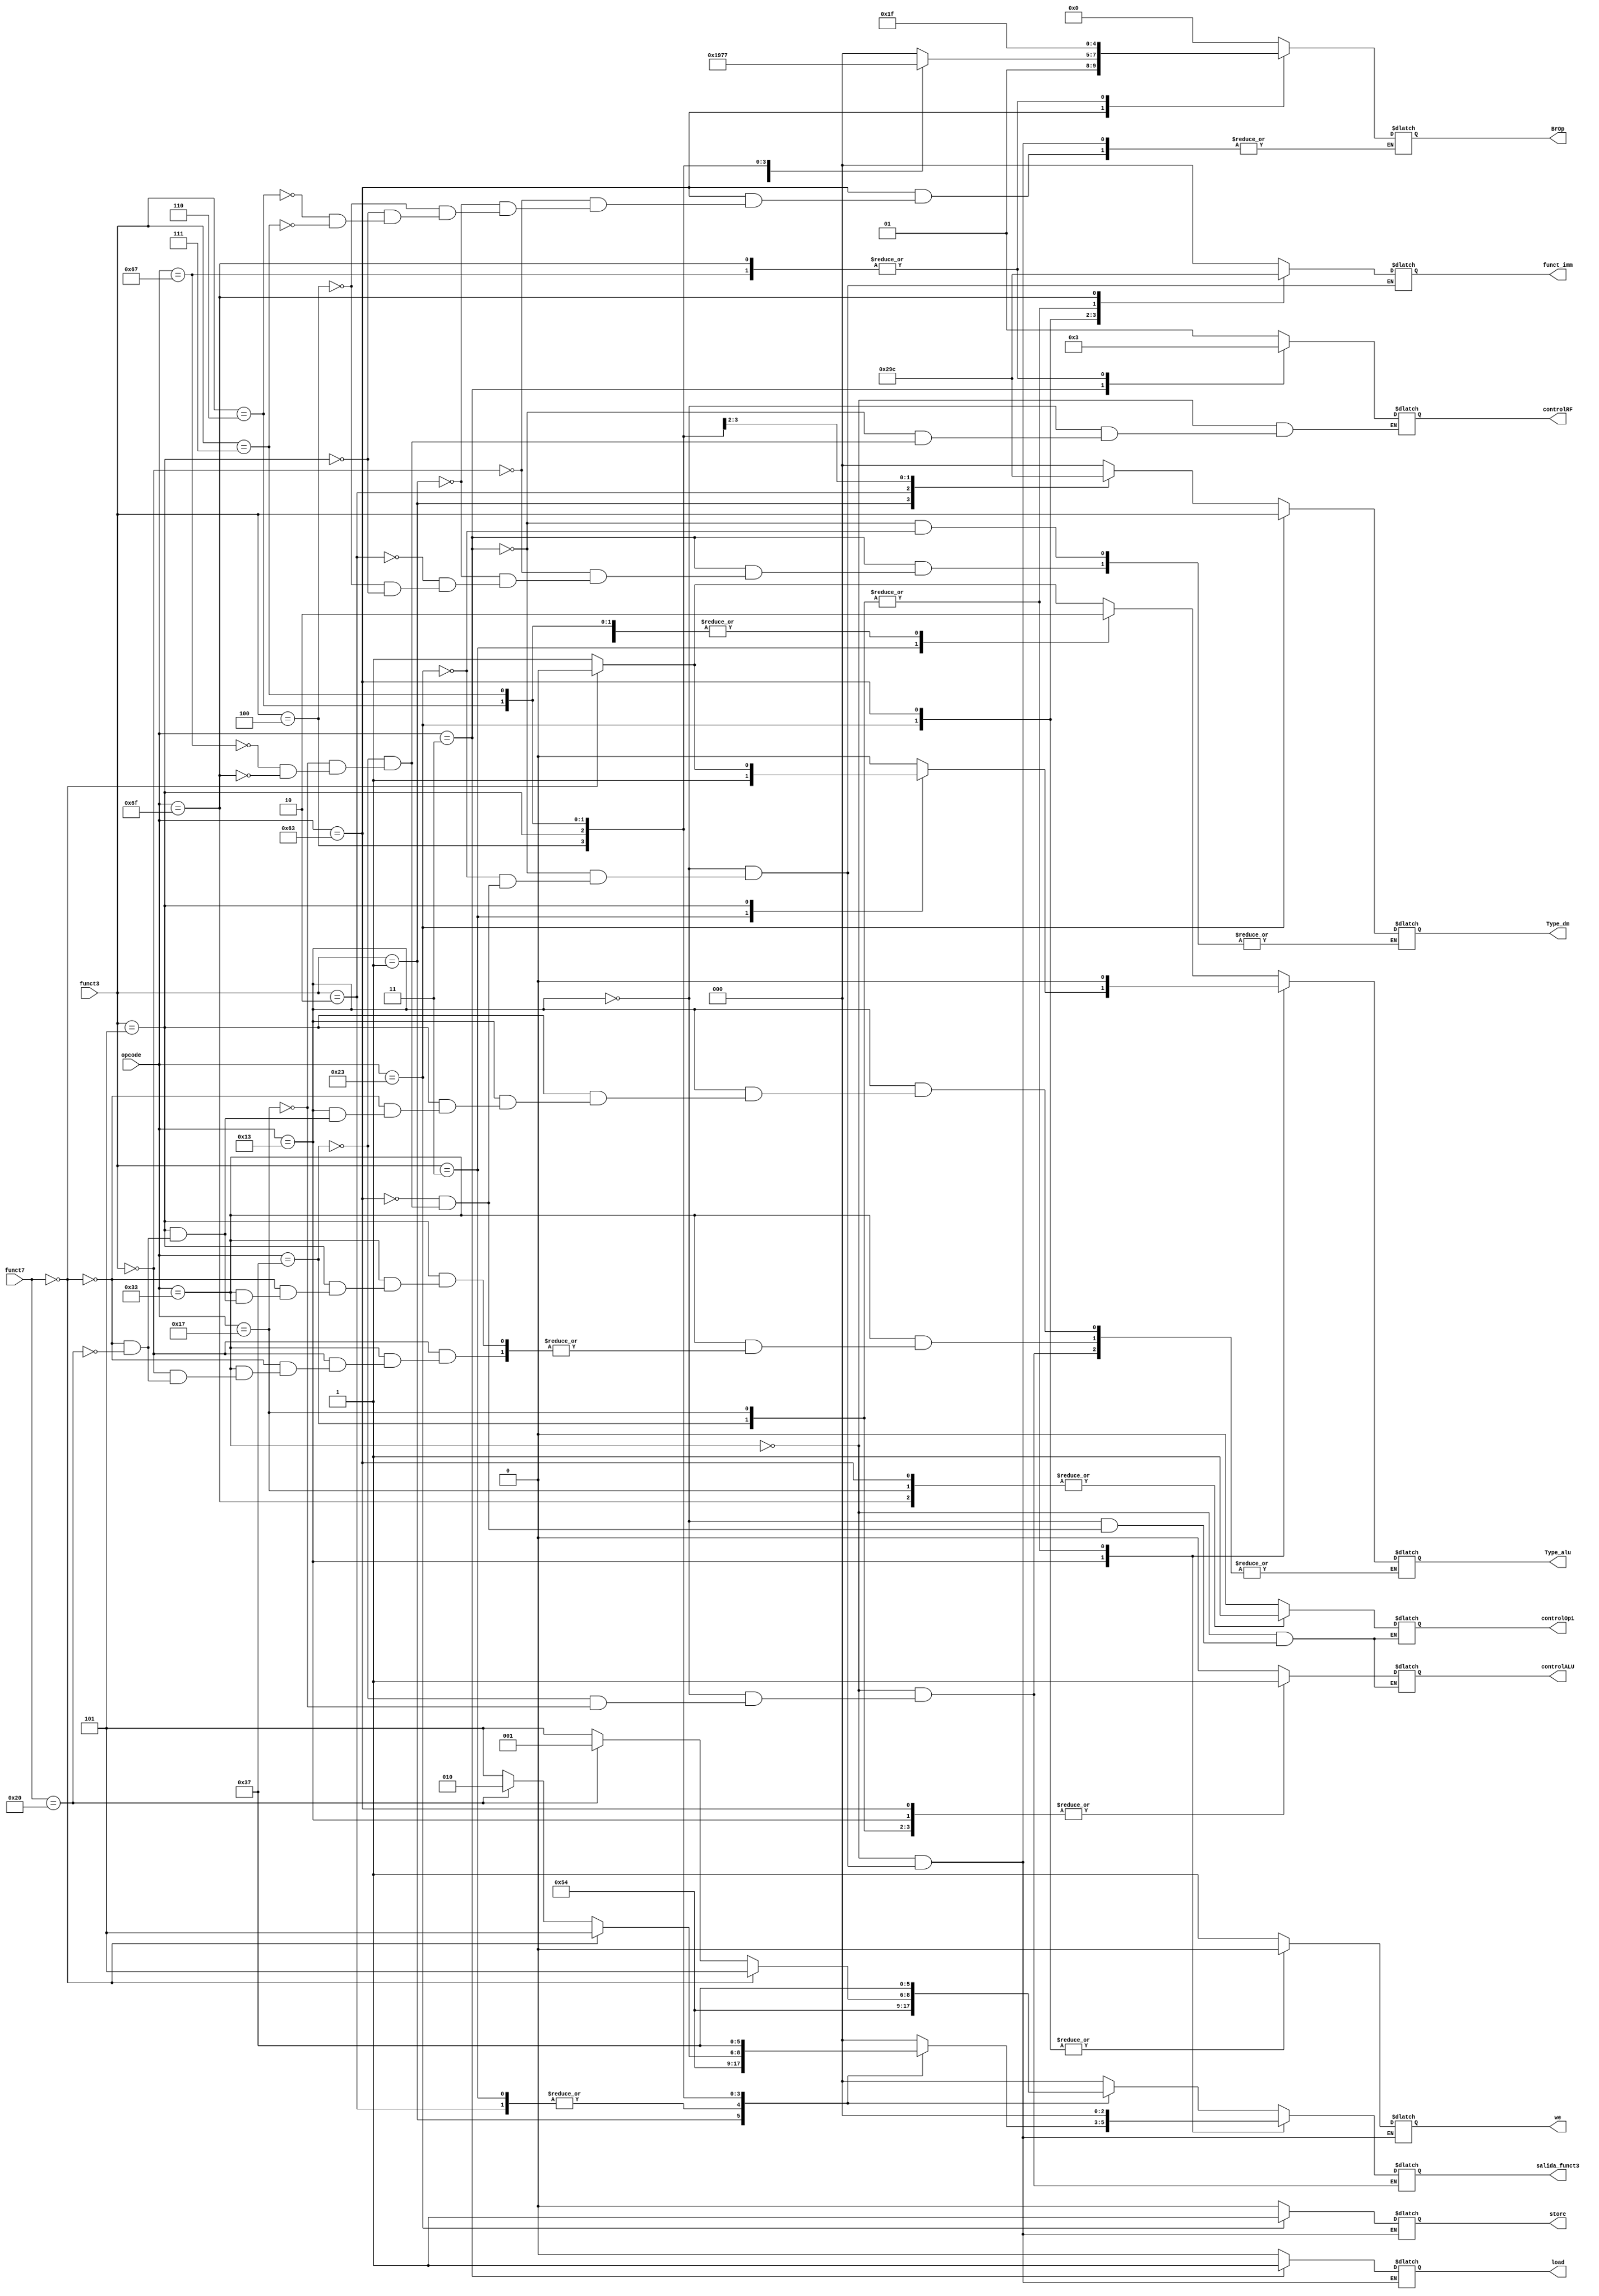
module CU(
    input wire [6:0] opcode,
    input wire [2:0] funct3,
    input wire [6:0] funct7,
    output reg load,
    output reg Type_alu,
    output reg [2:0]Type_dm,
    output reg [2:0]salida_funct3,
    output reg store,
    output reg controlALU,
    output reg controlOp1,
    output reg [1:0]controlRF,
    output reg we,
    output reg [2:0] funct_imm,
    output reg [4:0] BrOp
);

always @(*) begin
    case (opcode)
        //Tipo R
        7'b0110011: begin
            store = 1'b0;
            load = 1'b0;
            BrOp = 5'b00000;
            controlALU = 1'b0;
            controlOp1 = 1'b0;
            we = 1'b1;
            controlRF = 2'b01;
            case (funct3)
                3'b000: begin
                            salida_funct3 = 3'b000;
                            if(funct7 == 7'b0000000) begin 
                                Type_alu = 1'b0; //add 
                            end else if(funct7 == 7'b0100000) begin
                                Type_alu = 1'b1; //sub
                            end
                        end

                3'b001: begin
                            salida_funct3 = 3'b001;
                            Type_alu = 1'b0; //sll
                        end

                3'b010: begin
                            salida_funct3 = 3'b010;
                            Type_alu = 1'b0; //slt
                        end
                3'b011: begin
                            salida_funct3 = 3'b010;
                            Type_alu = 1'b1; //sltu
                        end
                3'b100: begin
                            salida_funct3 = 3'b100;
                            Type_alu = 1'b0; //xor
                        end
                3'b101: begin
                            salida_funct3 = 3'b101;
                            if(funct7 == 7'b0000000) begin 
                                Type_alu = 1'b0; //srl
                            end else if(funct7 == 7'b0100000) begin
                                salida_funct3 = 3'b001;
                                Type_alu = 1'b1; //sra
                            end
                        end
                3'b110: begin
                            salida_funct3 = 3'b110;
                            Type_alu = 1'b0; //or
                        end
                3'b111: begin
                            salida_funct3 = 3'b111;
                            Type_alu = 1'b0; //and
                        end
            endcase
        end
        //Tipo I
        7'b0010011: begin
            store = 1'b0;
            load = 1'b0;
            BrOp = 5'b00000;
            controlALU = 1'b1;
            controlOp1 = 1'b0;
            we = 1'b1;
            controlRF = 2'b01;
            funct_imm = 3'b000;
            case (funct3)
                3'b000: begin
                            salida_funct3 = 3'b000;
                            Type_alu = 1'b0; //addi
                        end
                3'b001: begin
                            salida_funct3 = 3'b001;
                            Type_alu = 1'b0; //slli
                        end
                3'b010: begin
                            salida_funct3 = 3'b010;
                            Type_alu = 1'b0; //slti
                        end
                3'b011: begin
                            salida_funct3 = 3'b010;
                            Type_alu = 1'b1; //sltiu
                        end
                3'b100: begin
                            salida_funct3 = 3'b100;
                            Type_alu = 1'b0; //xori
                        end
                3'b101: begin
                            salida_funct3 = 3'b101;
                            if(funct7 == 7'b0000000) begin 
                                Type_alu = 1'b0; //srli
                            end else if(funct7 == 7'b0100000) begin
                                salida_funct3 = 3'b010;
                                Type_alu = 1'b1; //srai
                            end
                        end
                3'b110: begin
                            salida_funct3 = 3'b110;
                            Type_alu = 1'b0; //ori
                        end
                3'b111: begin
                            salida_funct3 = 3'b111;
                            Type_alu = 1'b0; //andi
                        end
            endcase
        end
        //Tipo I de cargue/guardado
        7'b0000011: begin
            BrOp = 5'b00000;
            store = 1'b0;
            load = 1'b1;
            we = 1'b1;
            controlRF = 2'b00;
            funct_imm = 3'b000;
            case (funct3)
                3'b000: begin
                            Type_dm = 3'b000;
                             //lb
                        end
                3'b001: begin
                            Type_dm = 3'b001;
                             //lh
                        end
                3'b010: begin
                            Type_dm = 3'b010;
                             //lw
                        end
                3'b100: begin
                            Type_dm = 3'b011;
                             //lbu
                        end
                3'b101: begin
                            Type_dm = 3'b100;
                             //lhu
                        end
            endcase
        end
        //Tipo S
        7'b0100011: begin
            BrOp = 5'b00000;
            store = 1'b1;
            load = 1'b0;
            we = 1'b0;
            funct_imm = 3'b001;
            Type_dm = funct3;
        end
        //Tipo B
        7'b1100011: begin
            store = 1'b0;
            load = 1'b0;
            we = 1'b0;
            controlALU  = 1'b1;
            controlOp1 = 1'b1;
            funct_imm = 3'b010;
            case (funct3)
                3'b000: begin
                            BrOp = 5'b01000; //beq
                        end
                3'b001: begin
                            BrOp = 5'b01001; //bne
                        end
                3'b100: begin
                            BrOp = 5'b01100; //blt
                        end
                3'b101: begin
                            BrOp = 5'b01101; //bge
                        end
                3'b110: begin
                            BrOp = 5'b01110; //bltu
                        end
                3'b111: begin
                            BrOp = 5'b01111; //bgeu
                        end 
            endcase
        end
        //Tipo U - lui
        7'b0110111: begin
            store = 1'b0;
            load = 1'b0;
            funct_imm = 3'b011; 
            BrOp = 5'b00000;
            we = 1'b1;
            salida_funct3 = 3'b000;
            controlALU = 1'b1;
            Type_alu = 1'b0;
            controlRF = 2'b01;
            controlOp1 = 1'bx;
        end
        //Tipo U - auipc
        7'b0010111: begin
            store = 1'b0;
            load = 1'b0;
            funct_imm = 3'b011; 
            BrOp = 5'b00000;
            we = 1'b1;
            salida_funct3 = 3'b000;
            controlALU = 1'b1;
            Type_alu = 1'b0;
            controlRF = 2'b01;
            controlOp1 = 1'b1;
        end
        //Tipo I - jalr
        7'b1100111: begin
            store = 1'b0;
            load = 1'b0;
            controlALU = 1'b1;
            we = 1'b1;
            controlRF = 2'b11;
            funct_imm = 3'b000;
            controlOp1 = 1'b0;
            BrOp = 5'b11111; //jalr
        end
        //Tipo J - jal
        7'b1101111: begin
            store = 1'b0;
            load = 1'b0;
            controlALU = 1'b1;
            we = 1'b1;
            controlRF = 2'b11;
            funct_imm = 3'b100;
            controlOp1 = 1'b1;
            BrOp = 5'b11111; //jal
        end
        //Tipo I - ecall y ebreak
        7'b1101111: begin
            store = 1'b0;
            load = 1'b0;
            BrOp = 5'b00000;
            funct_imm = 3'b000;
        end
    endcase
end
endmodule